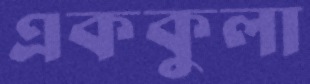
এককুলা